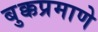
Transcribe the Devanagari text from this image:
बुक्कप्रमाणे